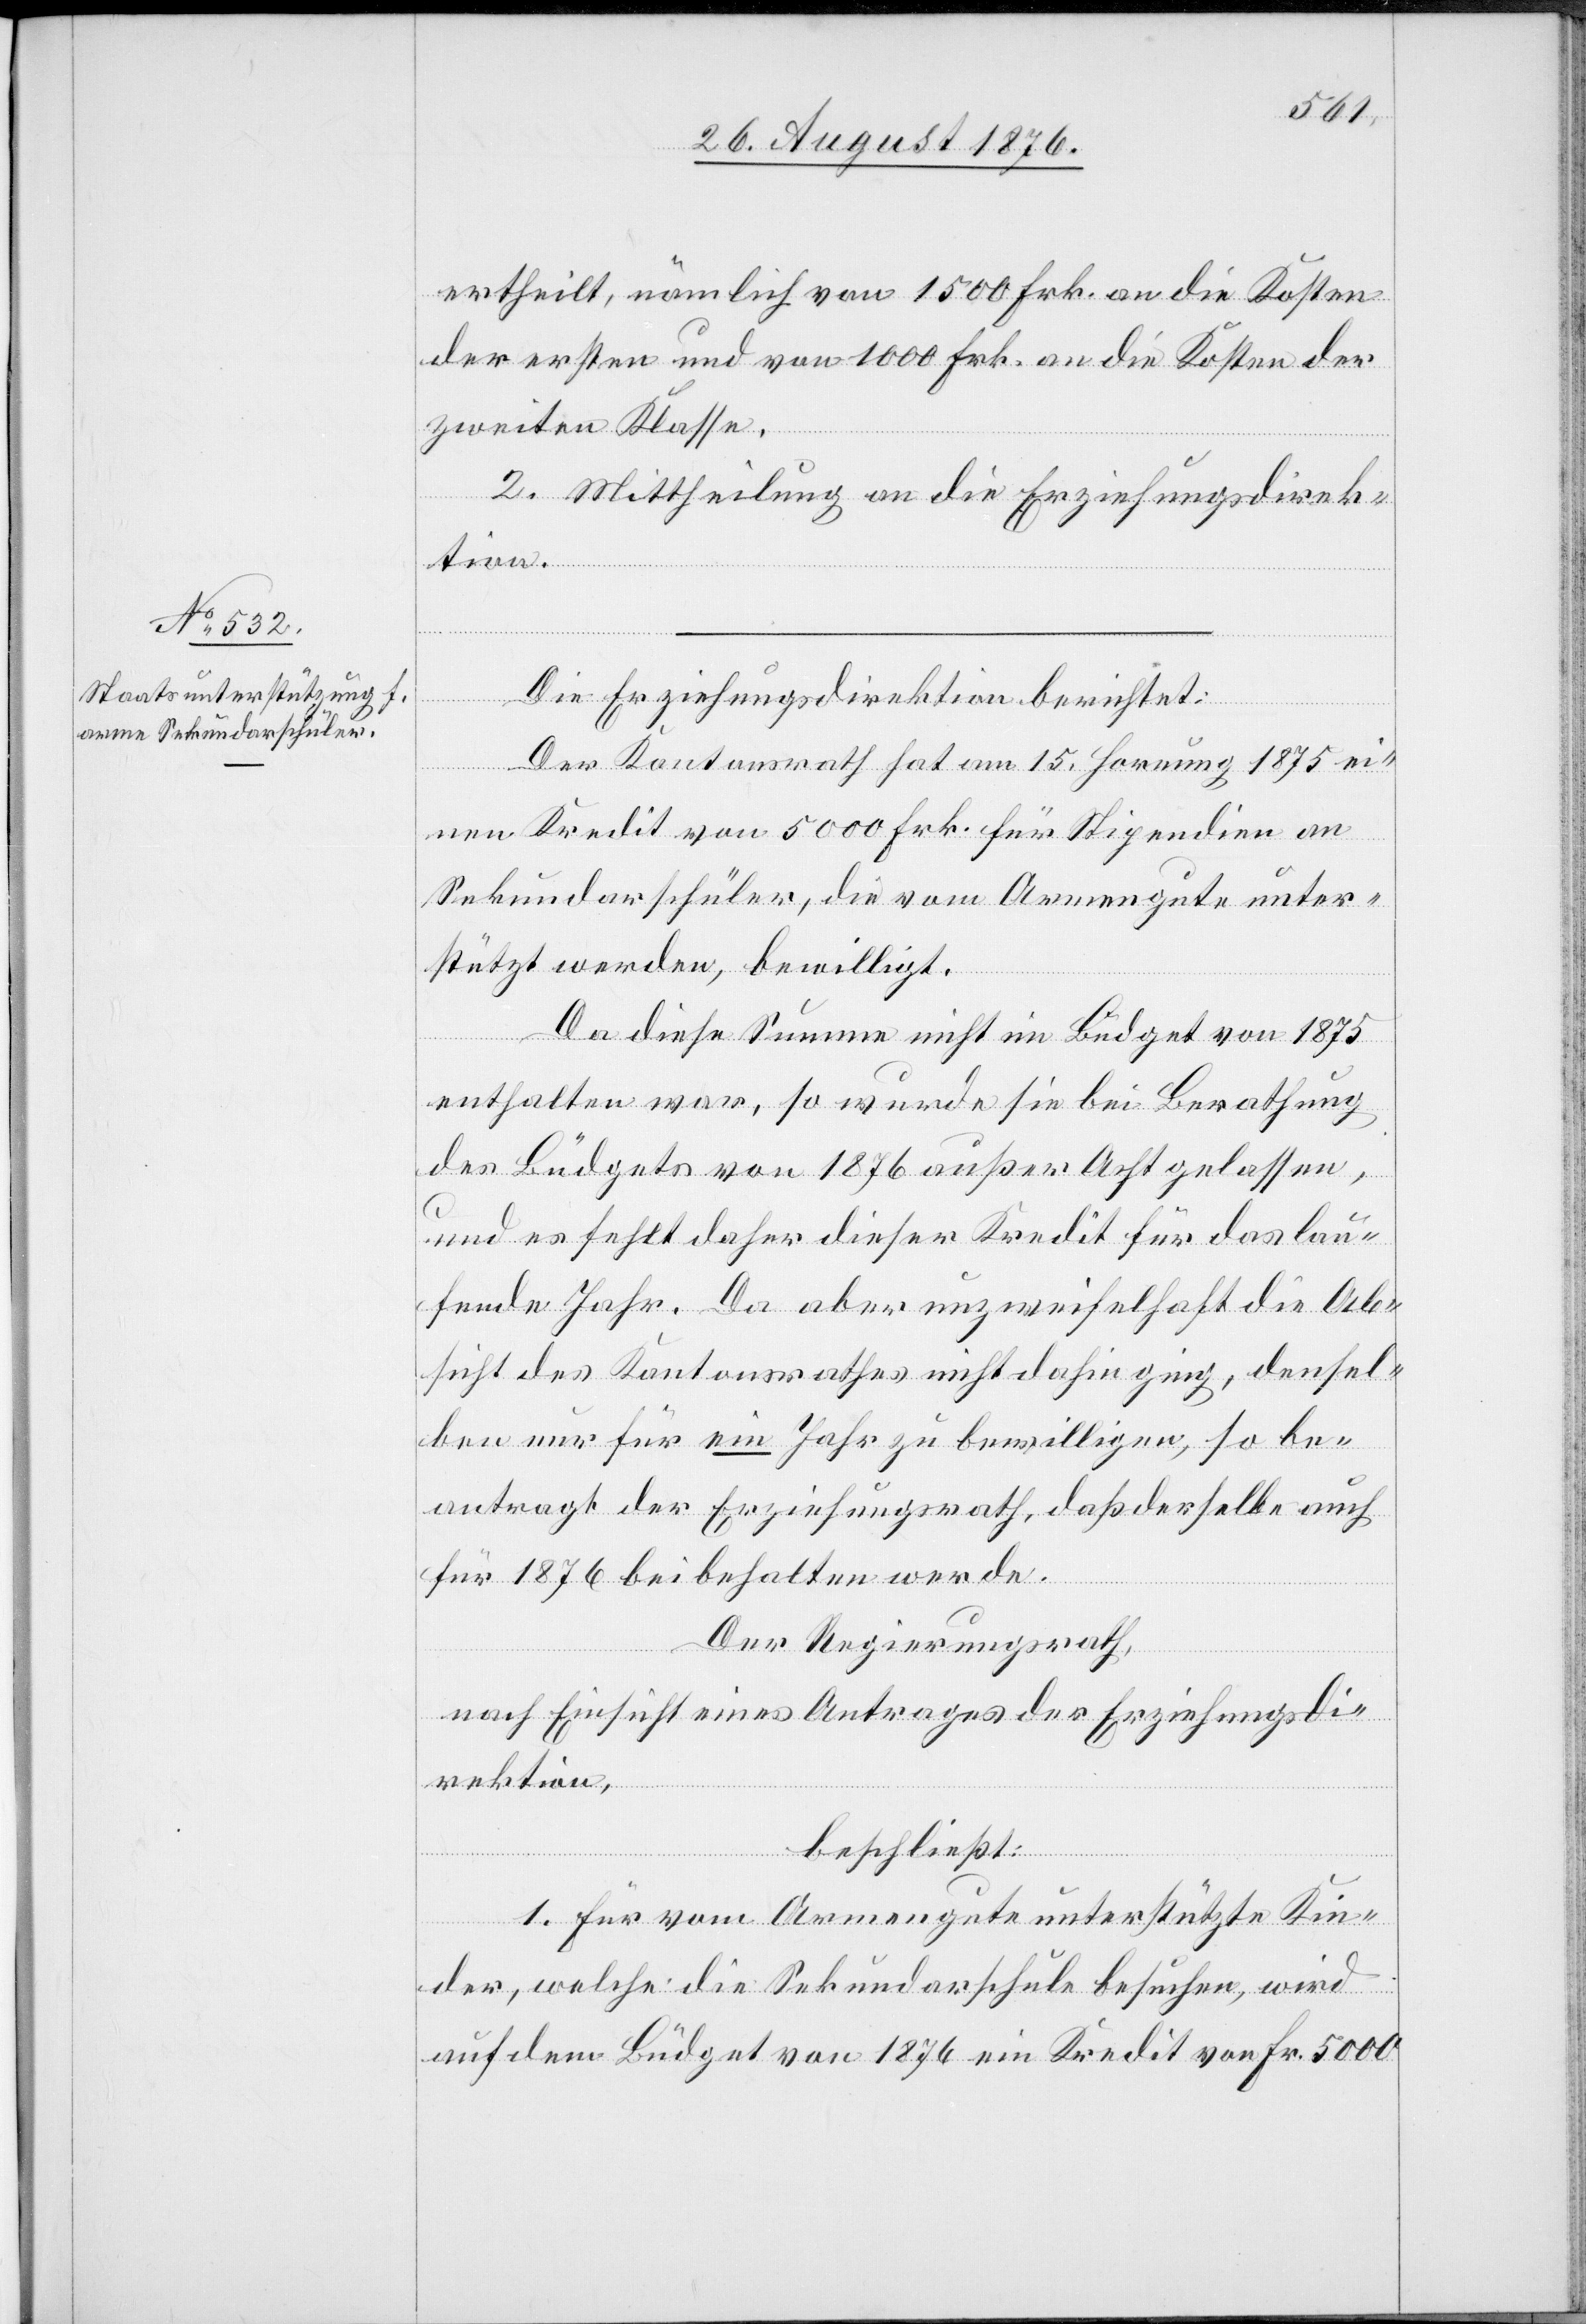
ertheilt, nämlich von 1500 Frk. an die Kosten
zweiten Klasse.
2. Mittheilung an die Erziehungsdirek¬
tion.
Die Erziehungsdirektion berichtet:
Der Kantonsrath hat am 15. Hornung 1875 ei¬
nen Kredit von 5000 Frk. für Stipendien an
Sekundarschüler, die vom Armengute unter¬
stützt werden, bewilligt.
Da diese Summe nicht im Büdget von 1875
enthalten war, so wurde sie bei Berathung
des Büdgets von 1876 außer Acht gelassen,
und es fehlt daher dieser Kredit für das lau¬
fende Jahr. Da aber unzweifelhaft die Ab¬
sicht des Kantonsrathes nicht dahin ging, densel¬
ben nur für ein Jahr zu bewilligen, so be¬
antragt der Erziehungsrath, daß derselbe auch
für 1876 beibehalten werde.
Der Regierungsrath,
nach Einsicht eines Antrages der Erziehungsdi¬
rektion,
der
beschließt:
1. Für vom Armengute unterstützte Kin¬
der, welche die Sekundarschule besuchen, wird
auf dem Büdget von 1876 ein Kredit von Fr. 5000